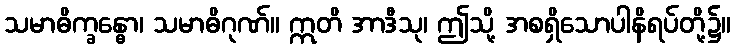
သမာဓိက္ခန္ဓော၊ သမာဓိဂုဏ်။ ဣတိ အာဒီသု၊ ဤသို့ အစရှိသောပါနိရပ်တို့၌။